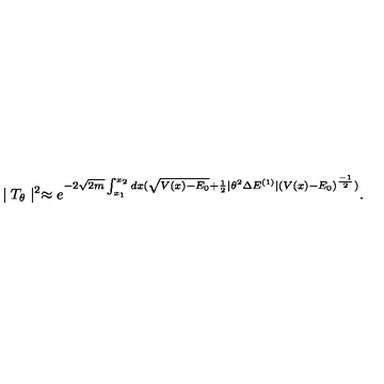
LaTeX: \mid T _ { \theta } \mid ^ { 2 } \approx e ^ { - 2 \sqrt { 2 m } \int _ { x _ { 1 } } ^ { x _ { 2 } } d x ( \sqrt { V ( x ) - E _ { 0 } } + \frac { 1 } { 2 } \mid \theta ^ { 2 } \Delta E ^ { ( 1 ) } \mid ( V ( x ) - E _ { 0 } ) ^ { \frac { - 1 } { 2 } } ) } .